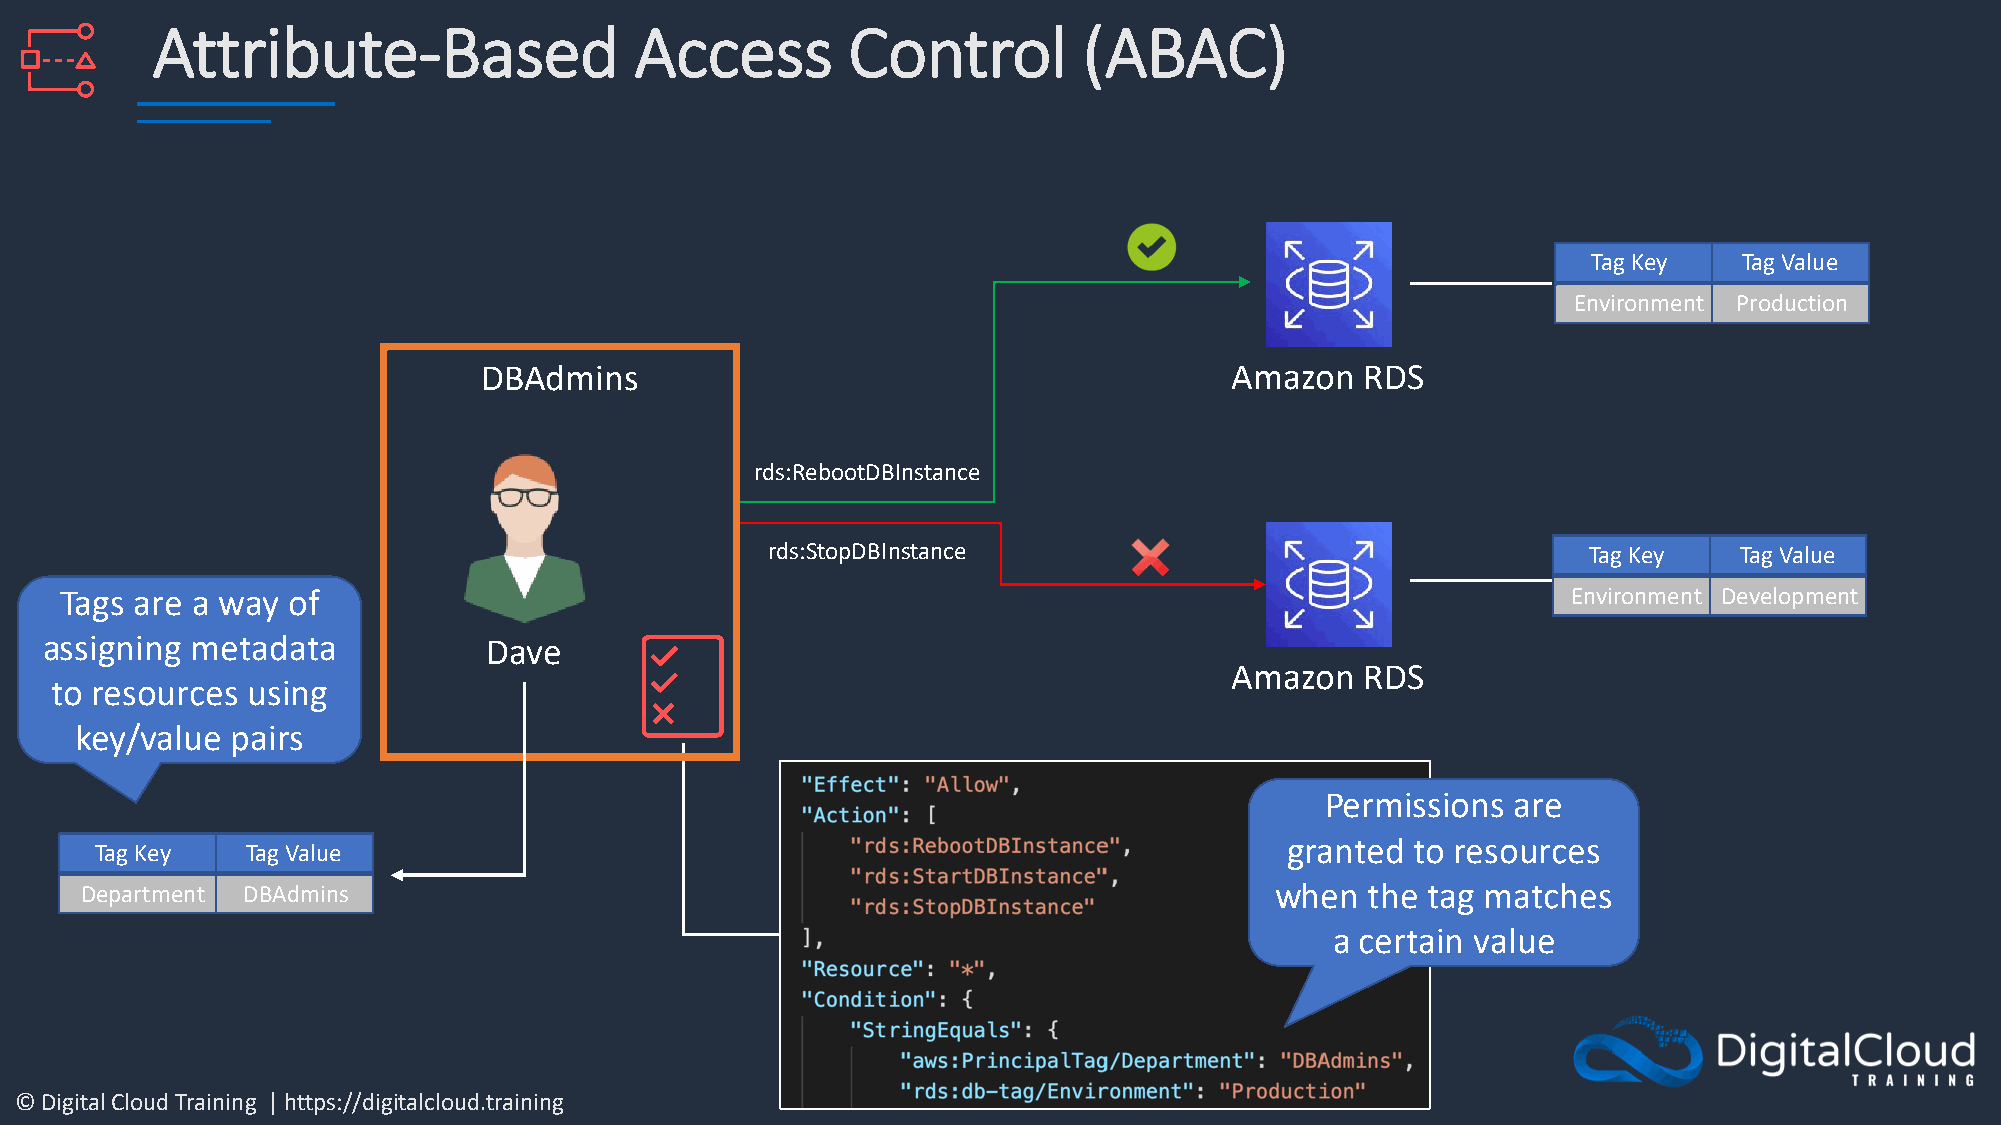
Attribute-Based                 Access        Control         (ABAC)
 Tag Key   Tag Value
 Environment Production
 DBAdmins                                         Amazon   RDS
 rds:RebootDBInstance
 rds:StopDBInstance                                    Tag Key   Tag Value
 Tags are a way of                                                                                   Environment Development
 assigning metadata           Dave
 Amazon   RDS
 to resources using
 key/value pairs
 Permissions are
 granted  to resources
 Tag Key   Tag Value
 Department DBAdmins                                                            when   the tag matches
 a certain value
 © Digital Cloud Training | https://digitalcloud.training